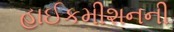
હાઈકમીશનની